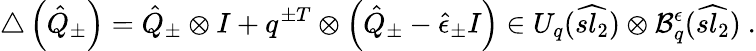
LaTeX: \triangle\left(\hat{Q}_{\pm}\right)=\hat{Q}_{\pm}\otimes I+q^{\pm T}\otimes\left(\hat{Q}_{\pm}-\hat{\epsilon}_{\pm}I\right)\in U_{q}(\widehat{sl_{2}})\otimes\mathcal{B}_{q}^{\epsilon}(\widehat{sl_{2}})\ .